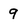
Character: 9